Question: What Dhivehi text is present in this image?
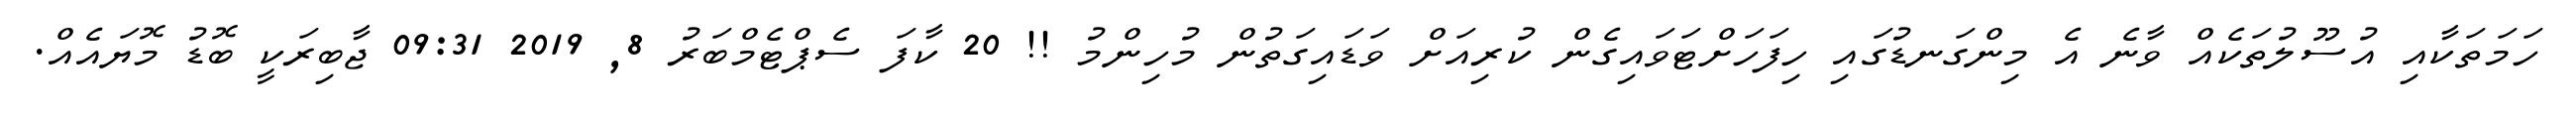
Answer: ހަމަތަކާއި އުސޫލުތަކެއް ވާނެ އެ މިންގަނޑުގައި ހިފަހަށްޓަވައިގެން ކުރިއަށް ވަޑައިގަތުން މުހިންމު !! 20 ކާފަ ސެޕްޓެމްބަރު 8, 2019 09:31 ޖާބިރަކީ ބޮޑު މޮޔައެއް.